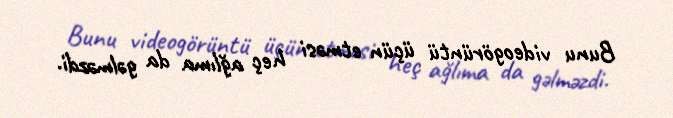
Bunu videogörüntü üçün etməsi heç ağlıma da gəlməzdi.